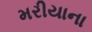
મરીયાના